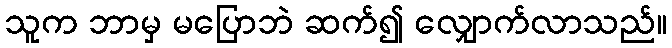
သူက ဘာမှ မပြောဘဲ ဆက်၍ လျှောက်လာသည်။